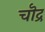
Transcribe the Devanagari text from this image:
चॊद्र